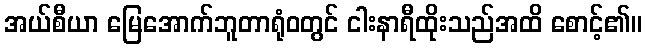
အယ်စီယာ မြေအောက်ဘူတာရုံဝတွင် ငါးနာရီထိုးသည်အထိ စောင့်၏။